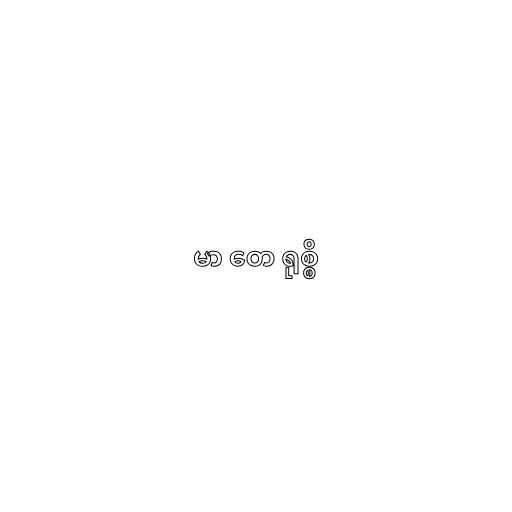
မာ တေ ရုစ္စိ